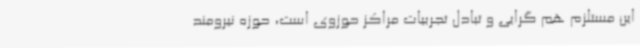
این مستلزم هم گرایی و تبادل تجربیات مراکز حوزوی است، حوزه نیرومند